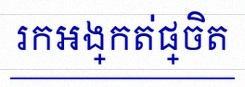
រកអង្កត់ផ្ចិត